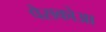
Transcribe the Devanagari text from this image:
पैसकोआ